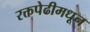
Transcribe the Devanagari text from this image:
रक्तपेढीमधून